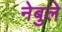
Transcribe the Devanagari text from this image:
नेबुले